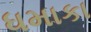
ધમાકા